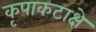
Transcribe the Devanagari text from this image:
कृपाकटाक्षे